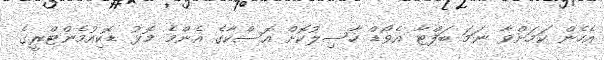
އެހެން ކަމަށްވާ ނަމަ ބަފްޓާ އެވޯޑް ހާސިލުކޮށް އޮސްކާގެ އެންމެ މޮޅު ޑޮކިއުމެންޓްރީގެ